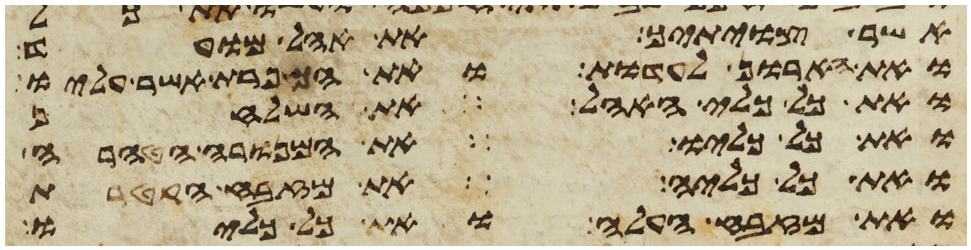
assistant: אשר צויתיך את אהל מועד
ואת הארון לעדות ואת הכפרת אשר עליו
ואת כל כלי האהל את השלחן
ואת כל כליו את המנורה הטהרה
ואת כל כליה את מזבח הקטרת
את מזבח העלה ואת כל כליו